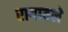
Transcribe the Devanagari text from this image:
रागावले